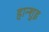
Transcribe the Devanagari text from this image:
हान्शुइ